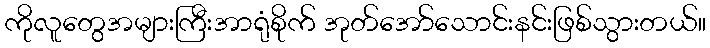
ကိုလူတွေအများကြီးအာရုံစိုက် အုတ်အော်သောင်းနင်းဖြစ်သွားတယ်။